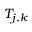
T _ { j , k }